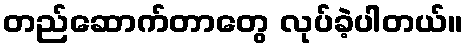
တည်ဆောက်တာတွေ လုပ်ခဲ့ပါတယ်။